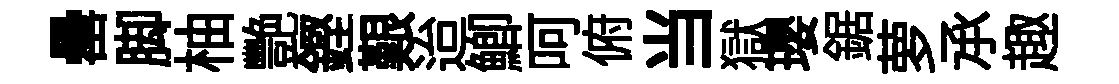
罍脚柚艷鏗艱迨鯽呵俯当獄瓔鋸萝𠄘趣